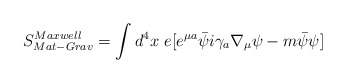
\begin{align*}S^{Maxwell}_{Mat-Grav} = \int d^4x \ e[e^{\mu a} \bar{\psi} i\gamma_a\nabla_{\mu} \psi - m \bar{\psi}\psi ]\end{align*}